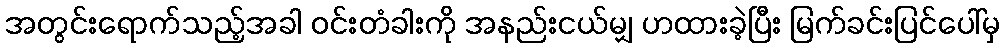
အတွင်းရောက်သည့်အခါ ဝင်းတံခါးကို အနည်းငယ်မျှ ဟထားခဲ့ပြီး မြက်ခင်းပြင်ပေါ်မှ